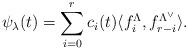
LaTeX: \begin{align*}\psi_\lambda(t)=\sum^r_{i=0}c_i(t)\langle f^\Lambda_i, f^{\Lambda^\vee}_{r-i}\rangle.\end{align*}